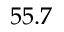
5 5 . 7